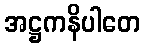
အဋ္ဌကနိပါတေ